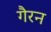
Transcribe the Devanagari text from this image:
गैरन